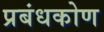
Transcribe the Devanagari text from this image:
प्रबंधकोण